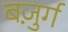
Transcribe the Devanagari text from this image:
बज़ुर्ग